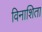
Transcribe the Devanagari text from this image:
विनाशिता